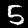
Digit: 5